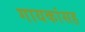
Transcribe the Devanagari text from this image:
गायकांसह